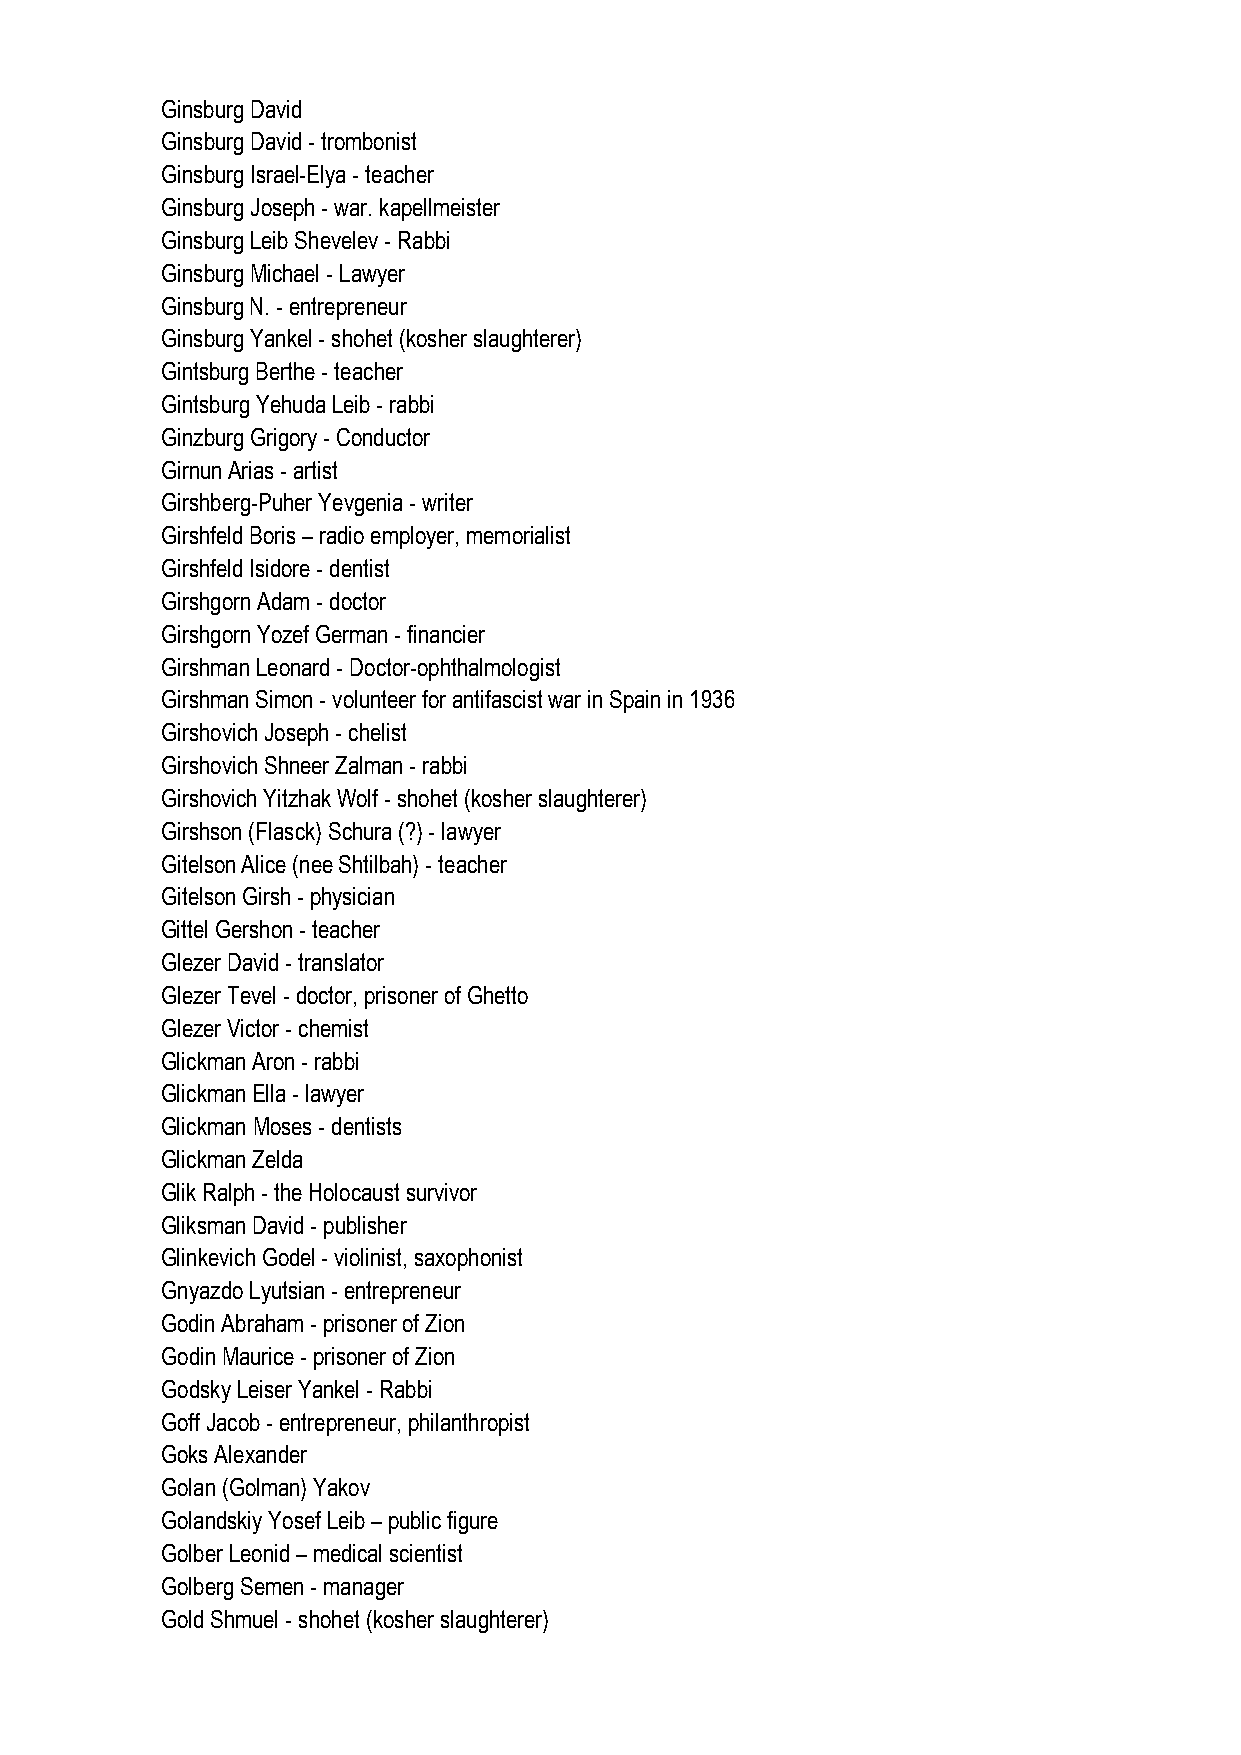
Ginsburg David
 Ginsburg David - trombonist
 Ginsburg Israel-Elya - teacher
 Ginsburg Joseph - war. kapellmeister
 Ginsburg Leib Shevelev - Rabbi
 Ginsburg Michael - Lawyer
 Ginsburg N. - entrepreneur
 Ginsburg Yankel - shohet (kosher slaughterer)
 Gintsburg Berthe - teacher
 Gintsburg Yehuda Leib - rabbi
 Ginzburg Grigory - Conductor
 Girnun Arias - artist
 Girshberg-Puher Yevgenia - writer
 Girshfeld Boris – radio employer, memorialist
 Girshfeld Isidore - dentist
 Girshgorn Adam - doctor
 Girshgorn Yozef German - financier
 Girshman Leonard - Doctor-ophthalmologist
 Girshman Simon - volunteer for antifascist war in Spain in 1936
 Girshovich Joseph - chelist
 Girshovich Shneer Zalman - rabbi
 Girshovich Yitzhak Wolf - shohet (kosher slaughterer)
 Girshson (Flasck) Schura (?) - lawyer
 Gitelson Alice (nee Shtilbah) - teacher
 Gitelson Girsh - physician
 Gittel Gershon - teacher
 Glezer David - translator
 Glezer Tevel - doctor, prisoner of Ghetto
 Glezer Victor - chemist
 Glickman Aron - rabbi
 Glickman Ella - lawyer
 Glickman Moses - dentists
 Glickman Zelda
 Glik Ralph - the Holocaust survivor
 Gliksman David - publisher
 Glinkevich Godel - violinist, saxophonist
 Gnyazdo Lyutsian - entrepreneur
 Godin Abraham - prisoner of Zion
 Godin Maurice - prisoner of Zion
 Godsky Leiser Yankel - Rabbi
 Goff Jacob - entrepreneur, philanthropist
 Goks Alexander
 Golan (Golman) Yakov
 Golandskiy Yosef Leib – public figure
 Golber Leonid – medical scientist
 Golberg Semen - manager
 Gold Shmuel - shohet (kosher slaughterer)